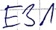
Text: E31